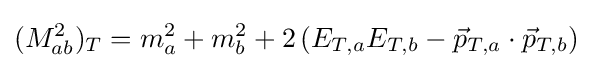
(M_{ab}^{2})_{T}=m_{a}^{2}+m_{b}^{2}+2\left(E_{T,a}E_{T,b}-{\vec {p}}_{T,a}\cdot {\vec {p}}_{T,b}\right)